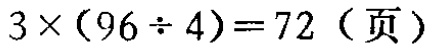
\(3\times(96\div 4)=72 \text{（页）}\)